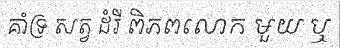
គាំទ្រ សត្វ ដំរី ពិភពលោក មួយ ឬ